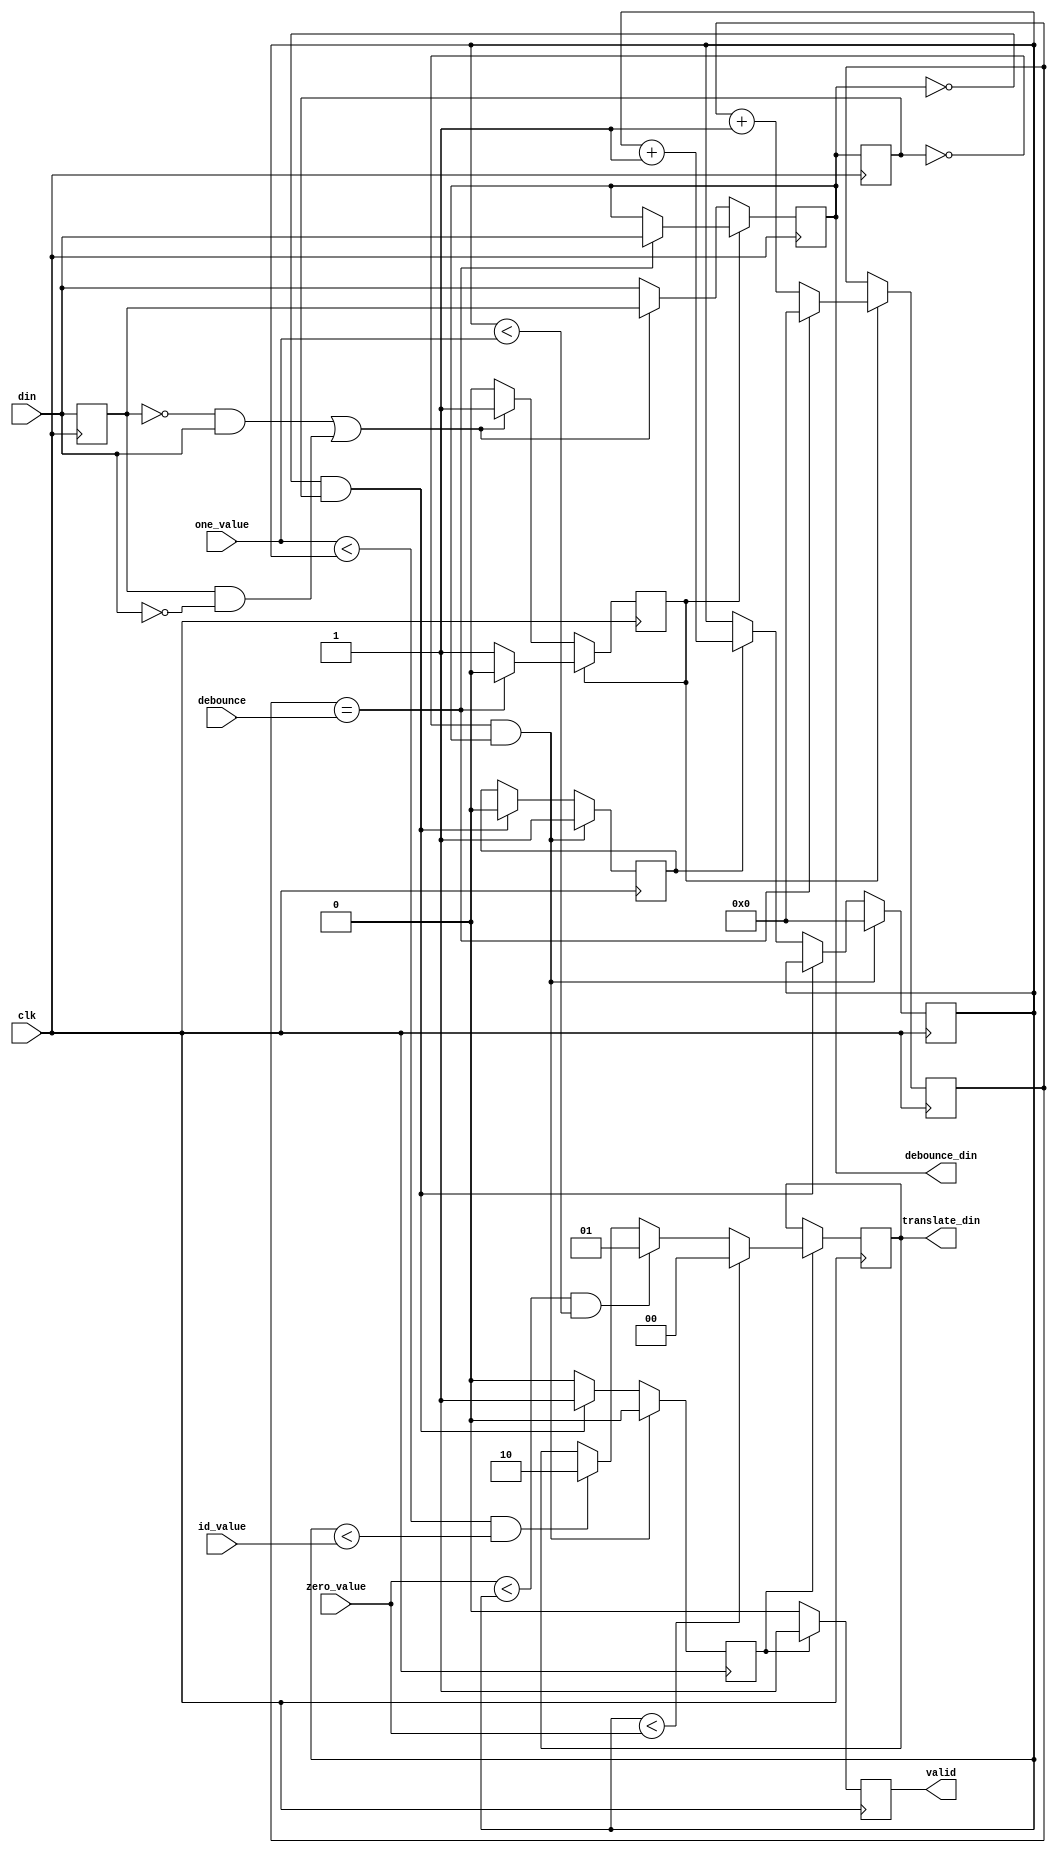
`default_nettype none

/* Translate the widht of the pulse of the irig input to 0,1,2
where 2 represents a reference signal
*/

module irig_bit_parser (
    input wire clk,
    input wire din,
    
    input wire [31:0] debounce,
    input wire [31:0] zero_value,one_value,id_value,

    output debounce_din,
    output wire [1:0] translate_din,
    output wire valid
);

//debouncer, just wait some cycles before changing the value
reg [31:0] deb_counter=0;
reg hold=0, din_r=0;
reg din_signal =0;
always@(posedge clk)begin
    din_r <= din;
    if(~hold)begin
        if((~din_r & din) | (din_r & ~din))begin
            hold <= 1;
            din_signal <=  din_r;
        end
        else
            din_signal <= din;
    end 
    else begin
        if(deb_counter==debounce)begin
            hold <=0;
            din_signal <= din;
            deb_counter <=0;
        end
        else begin
            deb_counter <= deb_counter+1;
        end
    end
end

assign debounce_din = din_signal;
//

reg din_signal_r=0;
reg counting=0, count_valid=0;
reg [31:0] bit_count=0;
always@(posedge clk)begin
    din_signal_r <= din_signal;
    if(~din_signal_r & din_signal)begin
        count_valid <=0;
        counting <= 1;
        bit_count <=0;
    end
    else if(~din_signal & din_signal_r)begin
        counting <= 0;
        count_valid <= 1;
    end 
    else if(counting)begin
        bit_count <= bit_count+1;
        count_valid <=0;
    end
    else
        count_valid <=0;
end

//and finally decide which values is
reg valid_value=0;
reg [1:0] translate=0;

always@(posedge clk)begin
    if(count_valid)begin
        valid_value <= 1;
        if(bit_count < zero_value)
            translate <= 0;
        else if((zero_value <bit_count) &(bit_count < one_value))
            translate <= 1;
        else if((one_value < bit_count) &(bit_count < id_value))
            translate <= 2;
    end
    else
        valid_value <=0;
end

assign valid = valid_value;
assign translate_din = translate;

endmodule